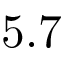
5 . 7